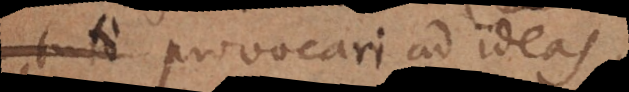
tuto provocari ad ideas,